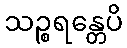
သဉ္စရန္တေပိ